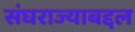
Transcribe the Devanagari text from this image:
संघराज्याबद्दल